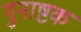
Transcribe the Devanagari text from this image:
गुनाष्टक